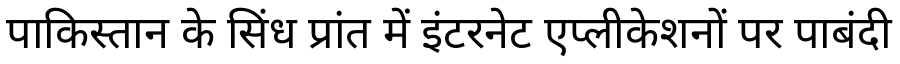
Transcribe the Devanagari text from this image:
पाकिस्तान के सिंध प्रांत में इंटरनेट एप्लीकेशनों पर पाबंदी